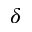
\delta